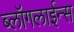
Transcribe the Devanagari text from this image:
ब्लॉगलाईन्स